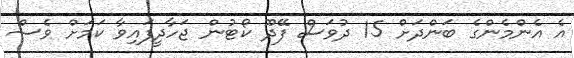
އެ އެންމެންގެ ބަންދަށް 15 ދުވަސް ފޭދޫ ކޯޓުން ޖަހާދީފައިވާ ކަމަށް ވެސް